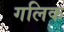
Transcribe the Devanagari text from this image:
गलिक